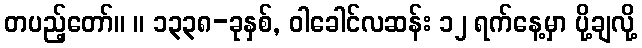
တပည့်တော်။ ။ ၁၃၃၈-ခုနှစ်, ဝါခေါင်လဆန်း ၁၂ ရက်နေ့မှာ ပို့ချလို့